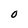
Character: 0